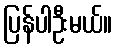
ပြန်ပါဦးမယ်။